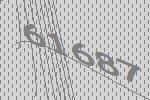
61687